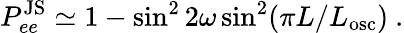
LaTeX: P_{ee}^{\mathrm{JS}}\simeq 1-\sin^{2}2\omega\sin^{2}(\pi L/L_{\mathrm{osc}})\ .